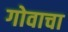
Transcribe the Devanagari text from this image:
गोवाचा